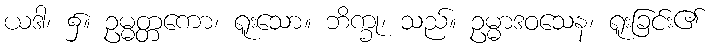
ယဒါ၊ ၌။ ဥမ္မတ္တကော၊ ရူးသော။ ဘိက္ခု၊ သည်။ ဥမ္မာဒဝသေန၊ ရူးခြင်း၏